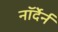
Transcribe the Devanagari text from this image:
नॉर्देर्न